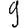
Digit: 9